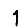
Digit: 1